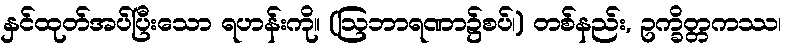
နှင်ထုတ်အပ်ပြီးသော ရဟန်းကို။ (ဩဘာရဏာ၌စပ်၊) တစ်နည်း, ဥက္ခိတ္တကဿ၊